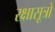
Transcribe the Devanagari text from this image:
रक्षासूत्रों